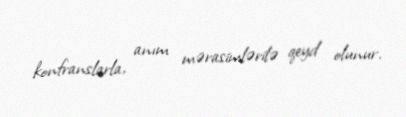
konfranslarla, anım mərasimlərilə qeyd olunur.